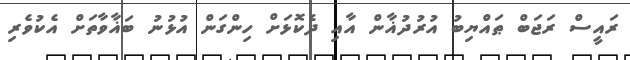
ރައީސް ރަޖަބް ޠައްޔިބު އުރުދުޣާން އާއި ދެކޮޅަށް ހިންގަން އުޅުނު ބަޣާވާތަށް އެކުވެރި